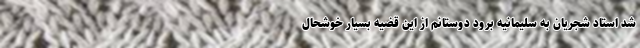
شد استاد شجریان به سلیمانیه برود دوستانم از این قضیه بسیار خوشحال